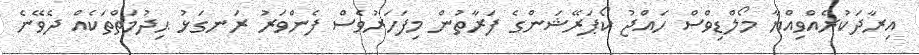
އިރާދަކުރެއްވިއްޔާ މޯލްޑިވްސް ހައްޖު ކޯޕަރޭޝަންގެ ފަރާތުން މިފަހަރުވެސް ފެންވަރު ރަނގަޅު ޙިދުމަތްތަކެއް ދެވޭނެ